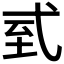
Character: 𢎆